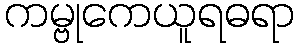
ကမ္ဗုကေယူရဓရာ